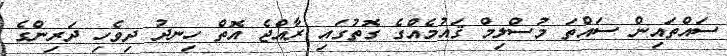
ސައްތައިން ސައްތަ މުސްލިމް ޤައުމެއްގެ ގޮތުގައި ރާއްޖެ އޮތް ހިނދު ދިވެހި ދަރިންގެ